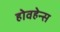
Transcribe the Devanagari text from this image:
होवहेन्स